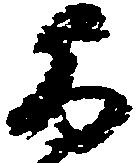
旨